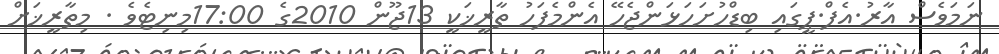
ނަމަވެސް އާރު.އެފް.ޕީގައި ބިޑްހުށަހަޅަންޖެހޭ އެންމެފަހު ތާރީޚަކީ 13ޖޫން 2010ގެ 17:00މިނިޓެވެ . މިތާރީޚަށް